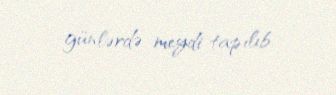
günlərdə meydi tapılıb.